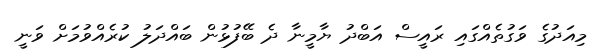
މިއަދުގެ ވަގުތެއްގައި ރައީސް އަބްދު ޔާމީނާ ދެ ބޭފުޅުން ބައްދަލު ކުރެއްވުމަށް ވަނީ